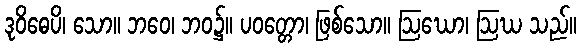
ဒုဝိဓေပိ၊ သော။ ဘဝေ၊ ဘဝ၌။ ပဝတ္တော၊ ဖြစ်သော။ ဩဃော၊ ဩဃ သည်။